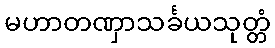
မဟာတဏှာသင်္ခယသုတ္တံ